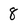
Character: 8